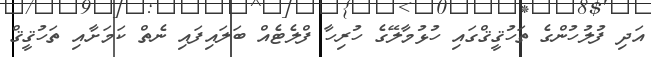
އަދި ފުލުހުންގެ ތަހުޤީޤްގައި ހުޅުމާލޭގެ ހުރިހާ ފްލެޓެއް ބަލައިފައި ނެތް ކަމަށާއި ތަހުޤީޤް